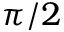
\pi / 2